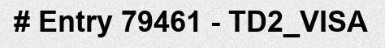
# Entry 79461 - TD2_VISA